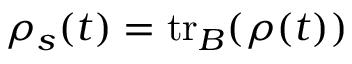
\rho _ { s } ( t ) = \mathrm { t r } _ { B } ( \rho ( t ) )